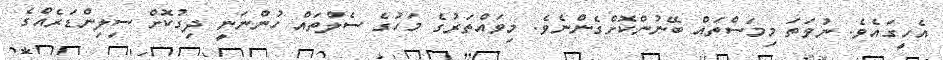
އެހީގައެވެ. ނުވަތަ މިމަސްތައް ބޭނުންކޮށްގެންނެވެ. މިވައްތަރުގެ މަހުގެ ސެލްތައް ހުންނަނީ ދިގުކޮށް ސިލިންޑަރެއްގެ